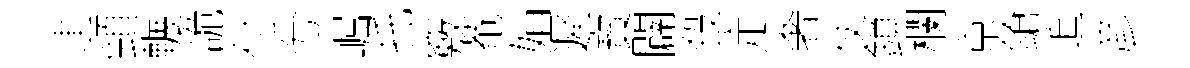
䢖頸輾詭付兮崛托竅菴娟遲寳闢殺定奢仗鎖欄京鎗追彦